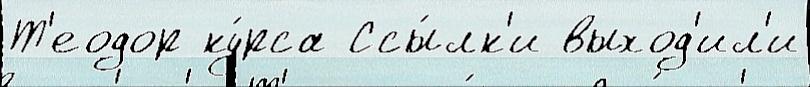
Т'еодор ку́рса Ссы́лк'и выход'ил'и